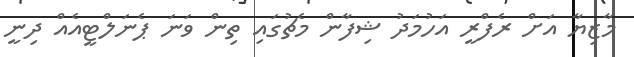
މާޒިޔާ އަށް ރެފްރީ އަހުމަދު ޝިފާން މެޗުގައި ތިން ވަނަ ޕެނަލްޓީއެއް ދިނީ